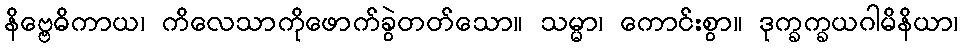
နိဗ္ဗေဓိကာယ၊ ကိလေသာကိုဖောက်ခွဲတတ်သော။ သမ္မာ၊ ကောင်းစွာ။ ဒုက္ခက္ခယဂါမိနိယာ၊